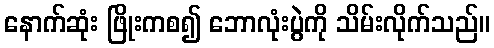
နောက်ဆုံး ဖြိုးကစ၍ ဘောလုံးပွဲကို သိမ်းလိုက်သည်။